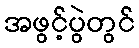
အဖွင့်ပွဲတွင်